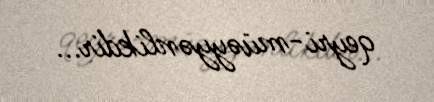
qeyri-müəyyənlikdir...